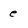
Character: e